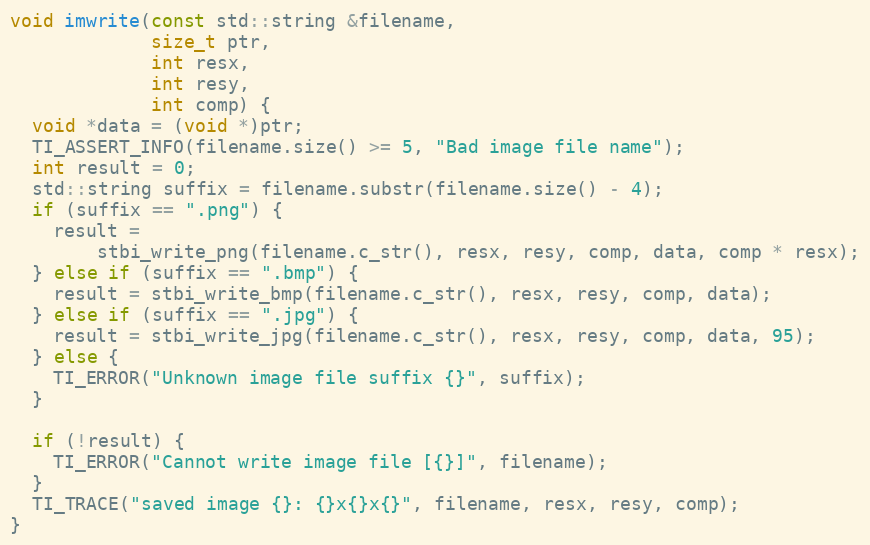
Language: C++
void imwrite(const std::string &filename,
             size_t ptr,
             int resx,
             int resy,
             int comp) {
  void *data = (void *)ptr;
  TI_ASSERT_INFO(filename.size() >= 5, "Bad image file name");
  int result = 0;
  std::string suffix = filename.substr(filename.size() - 4);
  if (suffix == ".png") {
    result =
        stbi_write_png(filename.c_str(), resx, resy, comp, data, comp * resx);
  } else if (suffix == ".bmp") {
    result = stbi_write_bmp(filename.c_str(), resx, resy, comp, data);
  } else if (suffix == ".jpg") {
    result = stbi_write_jpg(filename.c_str(), resx, resy, comp, data, 95);
  } else {
    TI_ERROR("Unknown image file suffix {}", suffix);
  }

  if (!result) {
    TI_ERROR("Cannot write image file [{}]", filename);
  }
  TI_TRACE("saved image {}: {}x{}x{}", filename, resx, resy, comp);
}